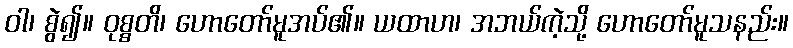
ဝါ၊ စွဲ၍။ ဝုစ္စတိ၊ ဟောတော်မူအပ်၏။ ယထာဟ၊ အဘယ်ကဲ့သို့ ဟောတော်မူသနည်း။